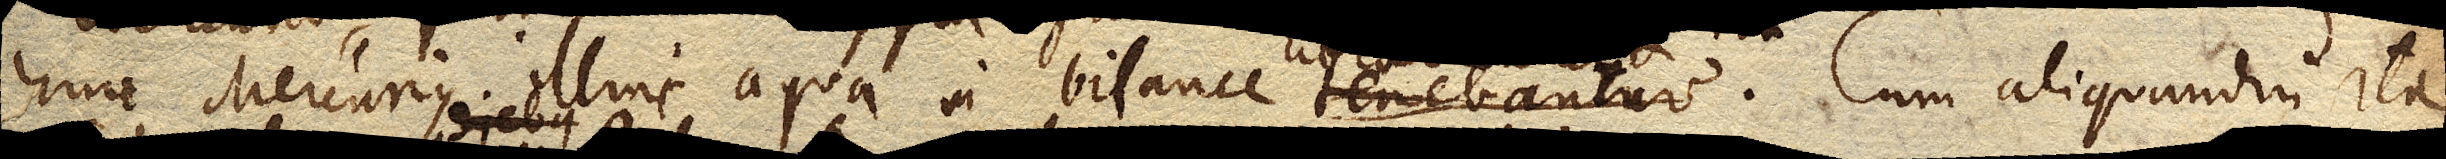
hinc Mercurius illinc aqua in bilance tenebantur. Cum aliquot noctibus diebus ita